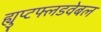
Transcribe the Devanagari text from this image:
ह्युप्टफ्लडवेबल